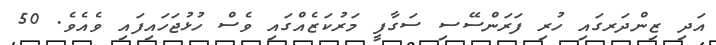
އަދި ޒިންދަރގައި ހުރި ފަރަންސޭސި ސަގާފީ މަރުކަޒެއްގައި ވެސް ހުޅުޖަހައިފައި ވެއެވެ. 50